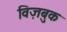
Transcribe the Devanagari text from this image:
विज़बुक